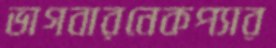
ভাগবারনেকপ্যার